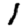
Digit: 1